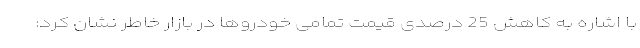
با اشاره به کاهش 25 درصدی قیمت تمامی خودروها در بازار خاطر نشان کرد: